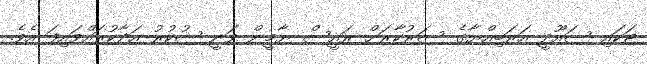
ޓަކައި ސައޫދީ އަރަބިއްޔާގެ ސަރުކާރަށް ރައީސް ޔާމީން ވަނީ ޝުކުރު އަދާކުރައްވައިފަ އެވެ.